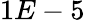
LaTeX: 1E-5